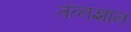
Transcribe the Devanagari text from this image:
तंत्नज्ञान